Annual vaccination report of Bihar and Orissa - 1911-1928
Year: 1911
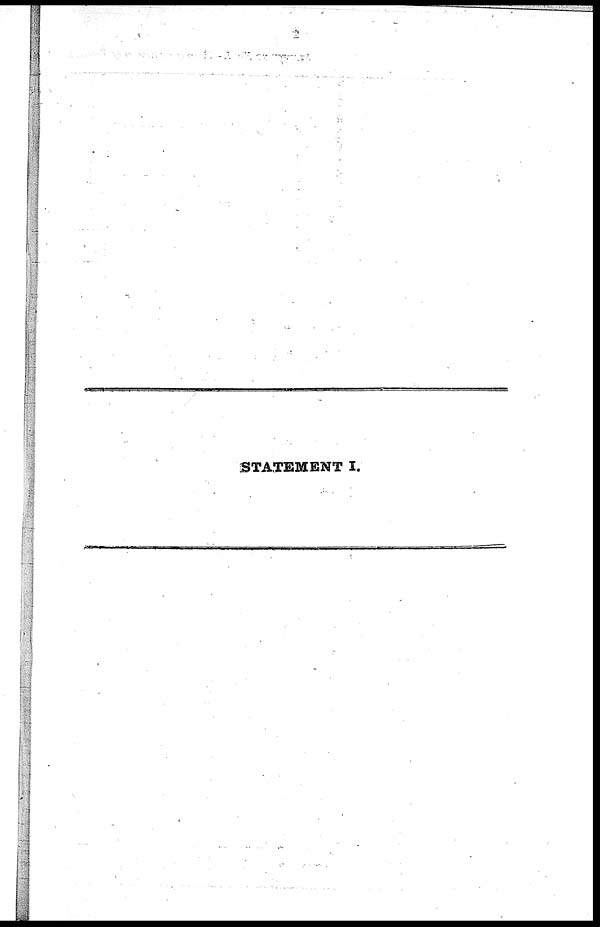
STATEMENT I.